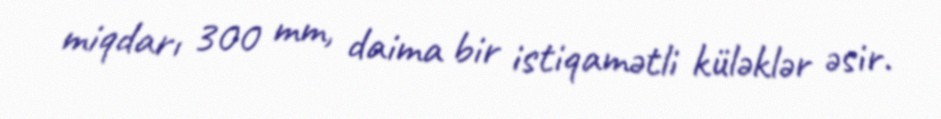
miqdarı 300 mm, daima bir istiqamətli küləklər əsir.